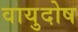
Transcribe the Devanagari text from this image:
वायुदोष